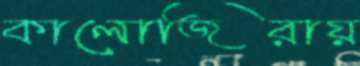
কালোজিরায়